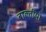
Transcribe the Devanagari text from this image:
बाल्तीयों